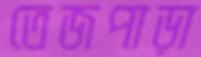
তেজপাড়া